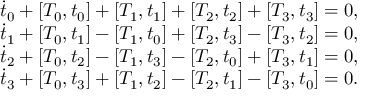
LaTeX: \begin{array} { c } { { \dot { t } _ { 0 } + [ T _ { 0 } , t _ { 0 } ] + [ T _ { 1 } , t _ { 1 } ] + [ T _ { 2 } , t _ { 2 } ] + [ T _ { 3 } , t _ { 3 } ] = 0 , } } \\ { { \dot { t } _ { 1 } + [ T _ { 0 } , t _ { 1 } ] - [ T _ { 1 } , t _ { 0 } ] + [ T _ { 2 } , t _ { 3 } ] - [ T _ { 3 } , t _ { 2 } ] = 0 , } } \\ { { \dot { t } _ { 2 } + [ T _ { 0 } , t _ { 2 } ] - [ T _ { 1 } , t _ { 3 } ] - [ T _ { 2 } , t _ { 0 } ] + [ T _ { 3 } , t _ { 1 } ] = 0 , } } \\ { { \dot { t } _ { 3 } + [ T _ { 0 } , t _ { 3 } ] + [ T _ { 1 } , t _ { 2 } ] - [ T _ { 2 } , t _ { 1 } ] - [ T _ { 3 } , t _ { 0 } ] = 0 . } } \end{array}